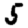
Digit: 5